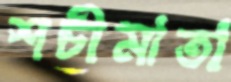
শচীমাতা